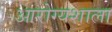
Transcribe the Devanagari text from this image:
आरोग्यशाला